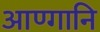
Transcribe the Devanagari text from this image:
आण्गानि